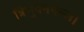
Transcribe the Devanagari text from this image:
त्रिभुवनमल्ल।